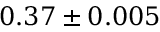
0 . 3 7 \pm 0 . 0 0 5